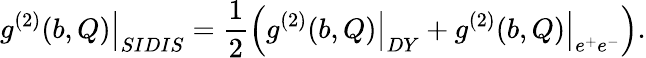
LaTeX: \left.g^{(2)}(b,Q)\right|_{SIDIS}=\frac{1}{2}\Bigl(\left.g^{(2)}(b,Q)\right|_{DY}+\left.g^{(2)}(b,Q)\right|_{e^{+}e^{-}}\Bigr).